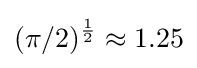
(\pi /2)^{\frac {1}{2}}\approx 1.25